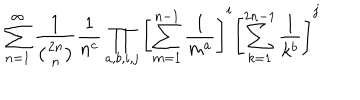
LaTeX: \sum _ { n = 1 } ^ { \infty } \frac { 1 } { \left( 2 n \atop n \right) } \frac { 1 } { n ^ { c } } \prod _ { a , b , i , j } \left[ \sum _ { m = 1 } ^ { n - 1 } \frac { 1 } { m ^ { a } } \right] ^ { i } \left[ \sum _ { k = 1 } ^ { 2 n - 1 } \frac { 1 } { k ^ { b } } \right] ^ { j }